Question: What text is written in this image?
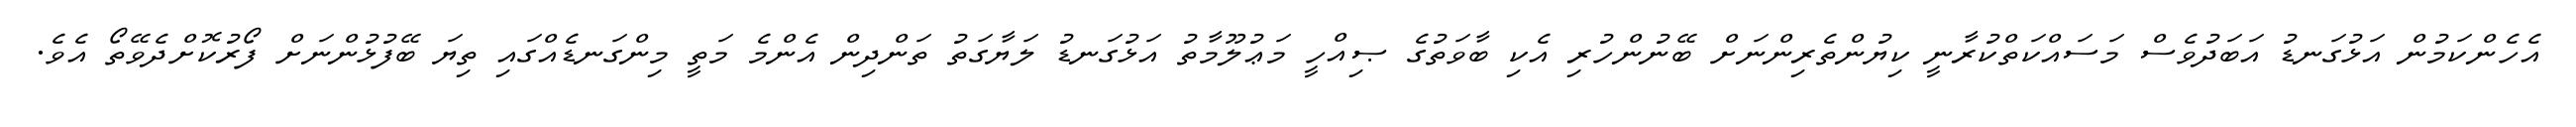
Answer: އެހެންކަމުން އަޅުގަނޑު އަބަދުވެސް މަސައްކަތްކުރާނީ ކިޔުންތެރިންނަށް ބޭނުންހުރި އެކި ބާވަތުގެ ޞިއްހީ މަޢުލޫމާތު އަޅުގަނޑު ލަޔާގަތު ތަންދިން އެންމެ މަތީ މިންގަނޑެއްގައި ތިޔަ ބޭފުޅުންނަށް ފޯރުކޮށްދެވޭތޯ އެވެ.